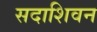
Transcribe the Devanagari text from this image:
सदाशिवन